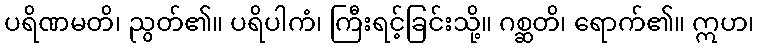
ပရိဏမတိ၊ ညွတ်၏။ ပရိပါကံ၊ ကြီးရင့်ခြင်းသို့။ ဂစ္ဆတိ၊ ရောက်၏။ ဣဟ၊